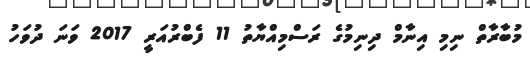
މުބާރާތް ނިމި އިނާމް ދިނިމުގެ ރަސްމިއްޔާތު 11 ފެބްރުއަރީ 2017 ވަނަ ދުވަހު